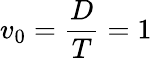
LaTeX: v_{0}=\frac{D}{T}=1